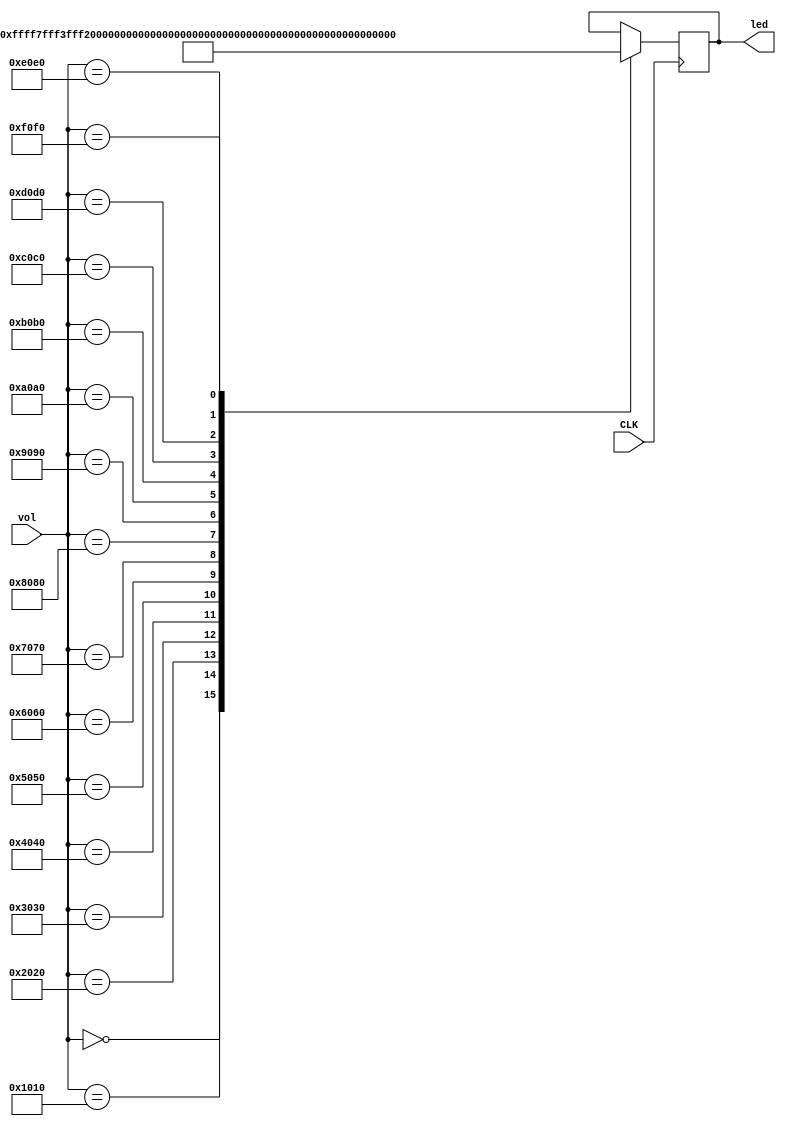
//---------- detect and show volume change -----------------
// ------------- author : Dino ----------------------------
module vol_control(
	input CLK,
	input [15: 0] vol,
	output reg [15: 0] led
);

	always @ (posedge CLK) begin 
		case(vol)
			16'h0000: led <= 16'b1111111111111111;
			16'h1010: led <= 16'b0111111111111111;
			16'h2020: led <= 16'b0011111111111111;
			16'h3030: led <= 16'b0001111111111111;
			16'h4040: led <= 16'b0000111111111111;
			16'h5050: led <= 16'b0000011111111111;
			16'h6060: led <= 16'b0000001111111111;
			16'h7070: led <= 16'b0000000111111111;
			16'h8080: led <= 16'b0000000011111111;
			16'h9090: led <= 16'b0000000001111111;
			16'hA0A0: led <= 16'b0000000000111111;
			16'hB0B0: led <= 16'b0000000000011111;
			16'hC0C0: led <= 16'b0000000000001111;
			16'hD0D0: led <= 16'b0000000000000111;
			16'hE0E0: led <= 16'b0000000000000011;
			16'hF0F0: led <= 16'b0000000000000001;
		endcase 
	end
	
endmodule